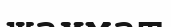
шахмат